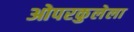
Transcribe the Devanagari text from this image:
ओपरकुलेला